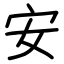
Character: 安